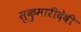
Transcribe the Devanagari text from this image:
सुकुमारीदेवी